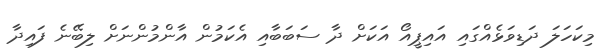
މިކަހަލަ ދަޑިވަޅެއްގައި އައިޕީއޯ އަކަށް ދާ ސަބަބާއި އެކަމުން އާންމުންނަށް ލިބޭނެ ފައިދާ